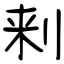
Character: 刾